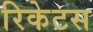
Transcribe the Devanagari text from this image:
रिकेटस